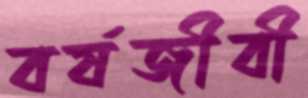
বর্ষজীবী